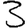
Digit: 3